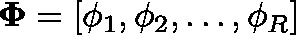
\mathbf { \Phi } = [ \phi _ { 1 } , \phi _ { 2 } , \dots , \phi _ { R } ]